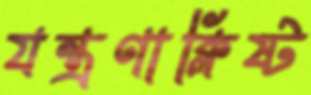
যন্ত্রণাক্লিষ্ট